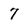
Character: 7